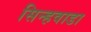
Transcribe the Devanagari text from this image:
सिन्हवाडा